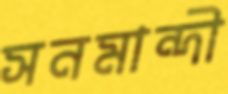
সনমান্দী